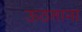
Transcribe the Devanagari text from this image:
ऊठताना